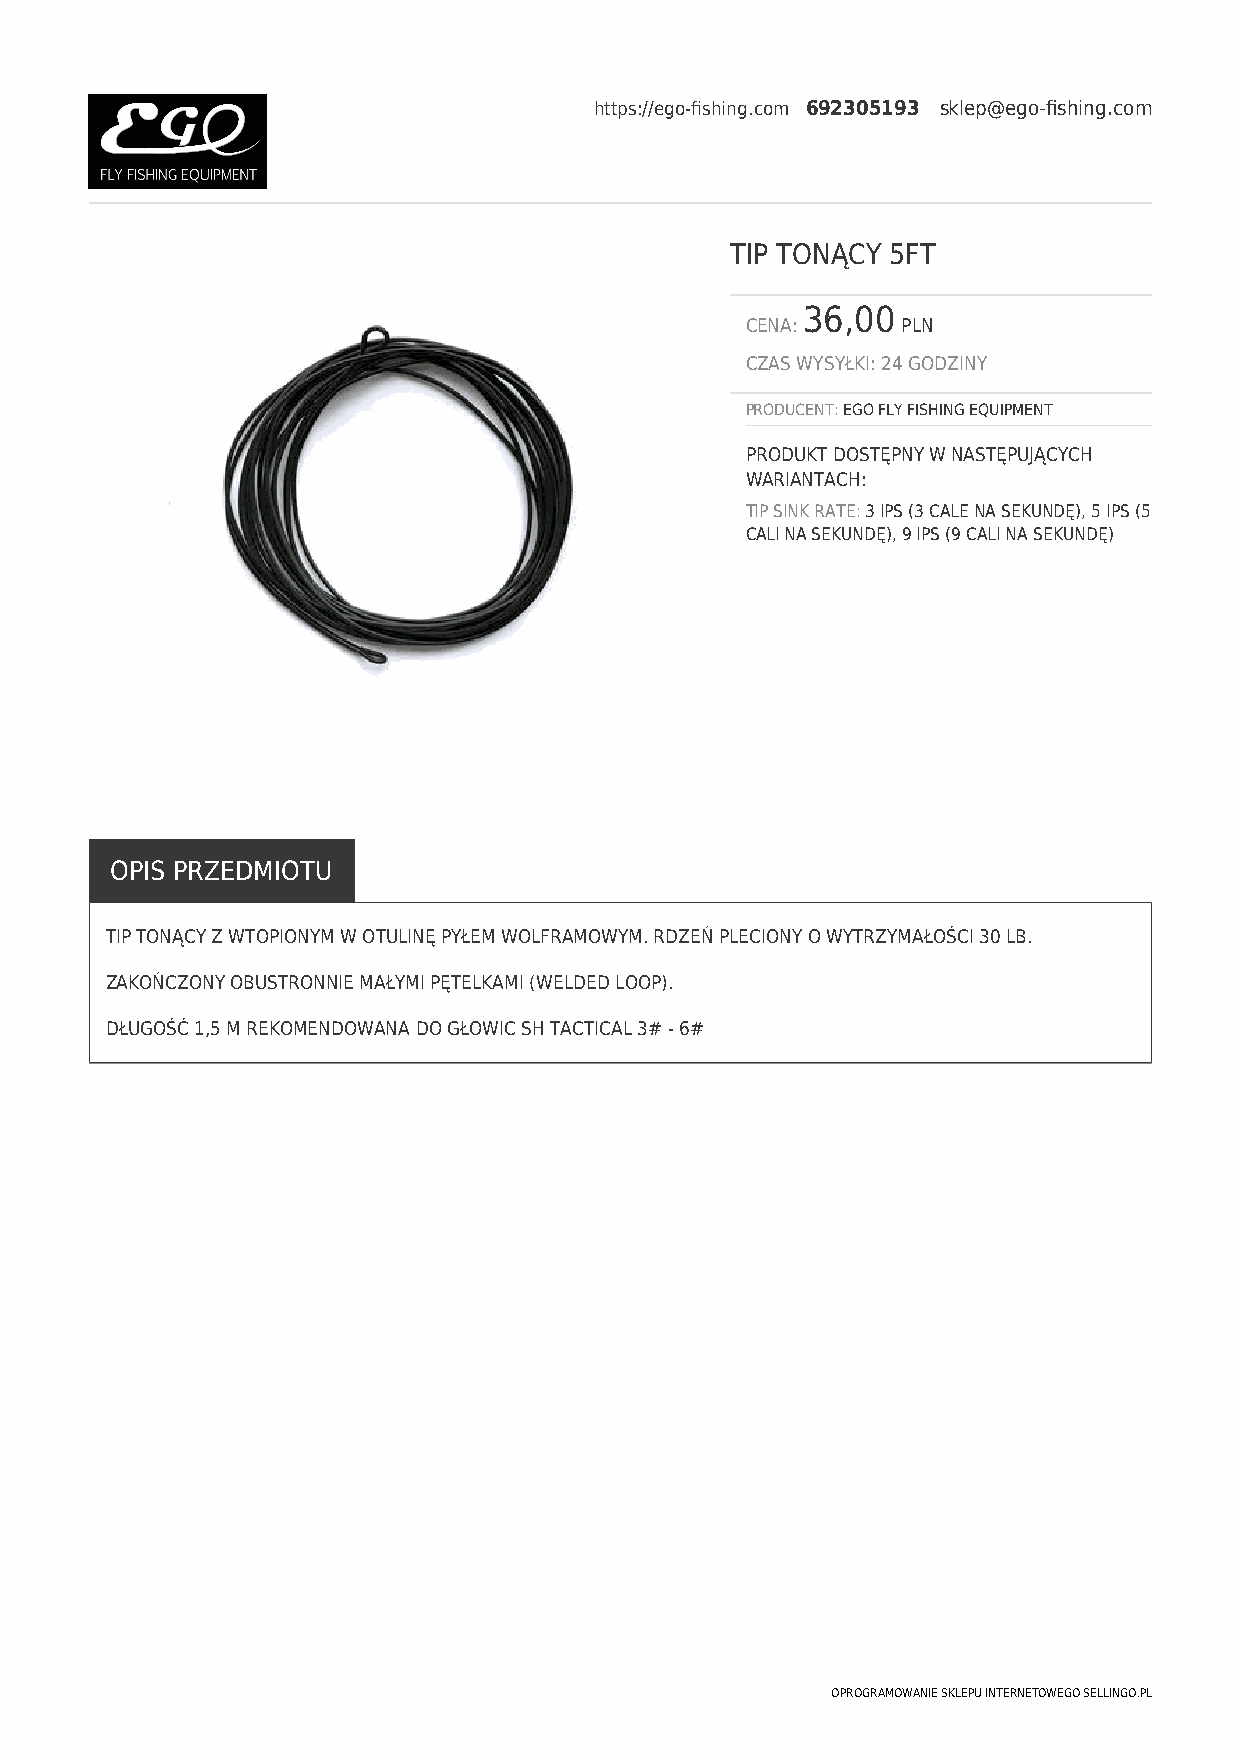
https://ego-fishing.com 692305193 sklep@ego-fishing.com
 TIP TONĄCY 5FT
 36,00
 CENA:      PLN
 CZAS WYSYŁKI: 24 GODZINY
 PRODUCENT: EGO FLY FISHING EQUIPMENT
 PRODUKT DOSTĘPNY W NASTĘPUJĄCYCH
 WARIANTACH:
 TIP SINK RATE: 3 IPS (3 CALE NA SEKUNDĘ), 5 IPS (5
 CALI NA SEKUNDĘ), 9 IPS (9 CALI NA SEKUNDĘ)
 OPIS PRZEDMIOTU
 TIP TONĄCY Z WTOPIONYM W OTULINĘ PYŁEM WOLFRAMOWYM. RDZEŃ PLECIONY O WYTRZYMAŁOŚCI 30 LB.
 ZAKOŃCZONY OBUSTRONNIE MAŁYMI PĘTELKAMI (WELDED LOOP).
 DŁUGOŚĆ 1,5 M REKOMENDOWANA DO GŁOWIC SH TACTICAL 3# - 6#
 OPROGRAMOWANIE SKLEPU INTERNETOWEGO SELLINGO.PL